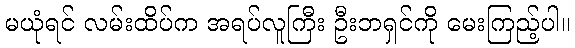
မယုံရင် လမ်းထိပ်က အရပ်လူကြီး ဦးဘရှင်ကို မေးကြည့်ပါ။